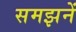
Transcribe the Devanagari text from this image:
समझनें